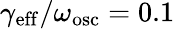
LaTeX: \gamma_{\mathrm{eff}}/\omega_{\mathrm{osc}}=0.1